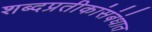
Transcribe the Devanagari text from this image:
शब्दप्रतीकांसंबंधात